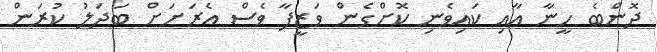
ދޮންބެ ހީނާ އާއި ކައިވެނި ކޮށްގެން ވަޒީފާ ވެސް އެރަށަށް ބަދަލު ކުރަން